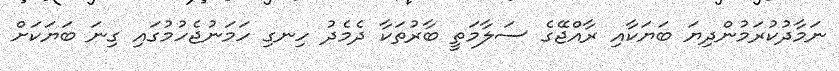
ނަމާދުކުރަމުންދިޔަ ބަޔަކާއި ރާއްޖޭގެ ސަލާމަތީ ބާރުތަކާ ދެމެދު ހިނގި ހަމަނުޖެހުމުގައި ގިނަ ބަޔަކަށް